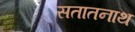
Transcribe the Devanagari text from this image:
सतातनाथ